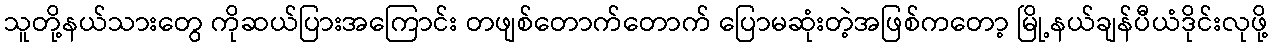
သူတို့နယ်သားတွေ ကိုဆယ်ပြားအကြောင်း တဖျစ်တောက်တောက် ပြောမဆုံးတဲ့အဖြစ်ကတော့ မြို့နယ်ချန်ပီယံဒိုင်းလုဖို့